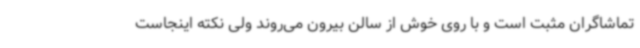
تماشاگران مثبت است و با روی خوش از سالن بیرون می‌روند ولی نکته اینجاست